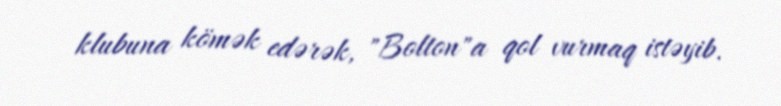
klubuna kömək edərək, "Bolton"a qol vurmaq istəyib.